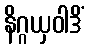
နိဂ္ဂယှဝါဒိံ